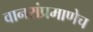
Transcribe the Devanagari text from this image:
वानरांप्रमाणेच